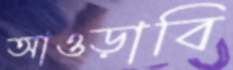
আওড়াবি